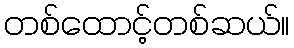
တစ်ထောင့်တစ်ဆယ်။